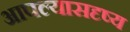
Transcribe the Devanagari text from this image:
आपल्यासदृष्य